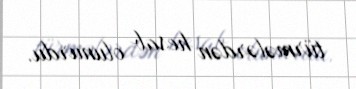
türmələrdən hesab olunurdu.